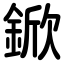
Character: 鍁